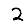
Digit: 2